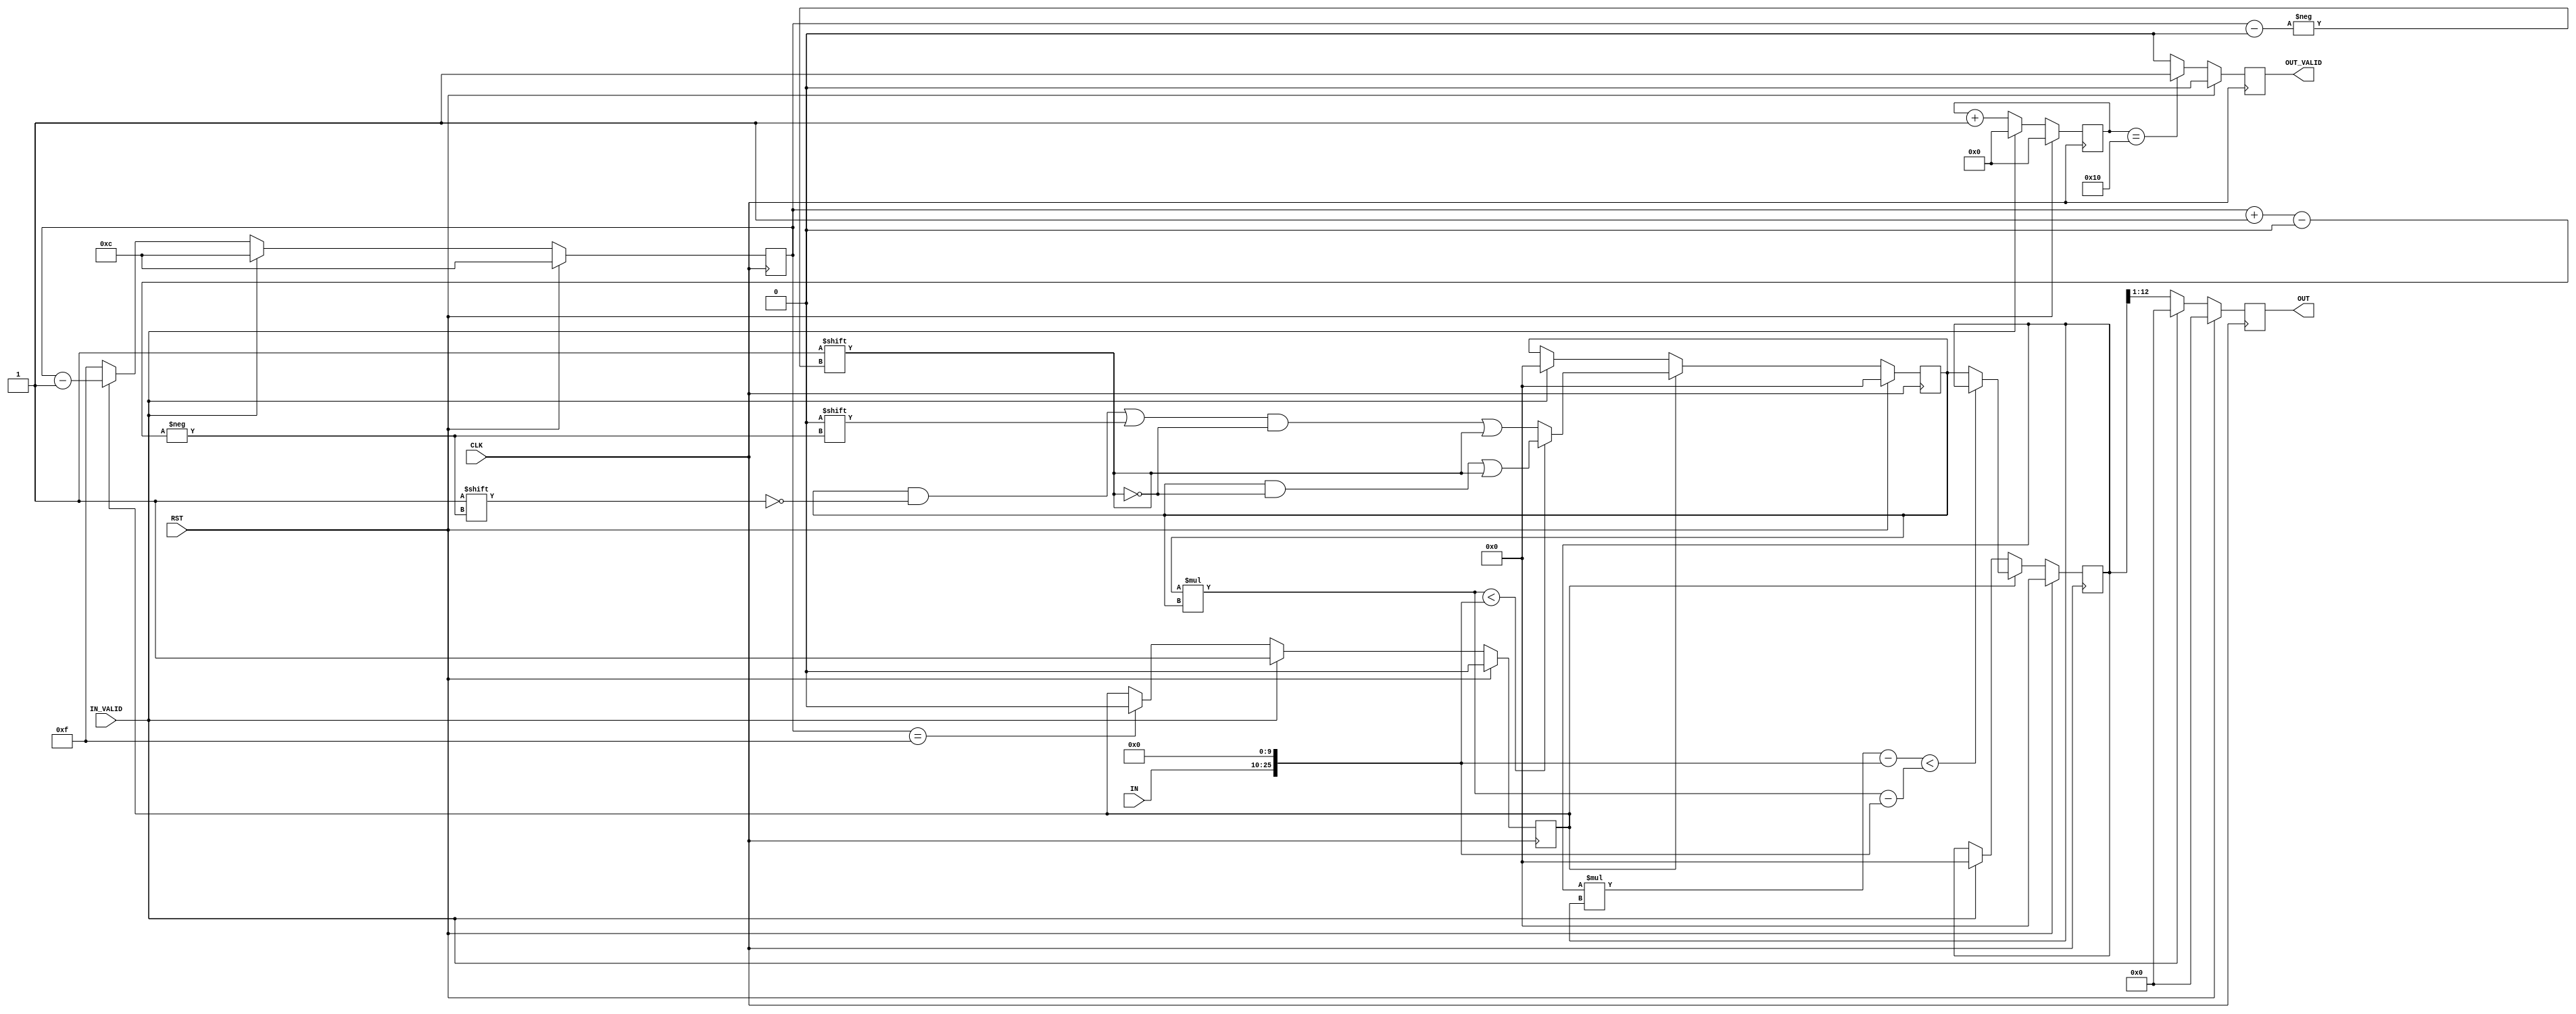
//------------------------------------------------------//
//- VLSI 2012                                           //
//-                                                     //
//- Exercise: Design a square root circuit              //
//------------------------------------------------------//
// Square Root

module SQRT(
	RST,
	CLK,
	IN_VALID,
	IN,
	OUT_VALID,
	OUT
);
input CLK;
input RST;
input [15:0] IN;
input IN_VALID;
output reg [11:0] OUT;
output reg OUT_VALID;

// Write your synthesizable code here

reg [12:0]out_data,compare_out,final_out;
reg [27:0]diff;
reg [3:0]count;
reg [4:0]count_cycle;
reg cnt_start;

wire [25:0]data;
wire [3:0]count_f;
assign data = {IN,10'b0};


//CNT is a flag of square root circuit operation 
always @(posedge CLK) begin
	if (RST)
		cnt_start <= 0;
	else if (IN_VALID)
		cnt_start <= 1;
	else if (count == 15)
		cnt_start <= 0;
	else
		cnt_start <= cnt_start;
end

//count a cycle include in_valid & out_valid
always @(posedge CLK) begin
	if (RST)
		count_cycle <= 0;
	else if (IN_VALID)
		count_cycle <= 0;
	else
		count_cycle <= count_cycle + 1;
end

//count is a down-count for square
always @(posedge CLK) begin
	if (RST)
		count <= 12;
	else if (IN_VALID)
		count <= 12;
	else if (cnt_start) begin
		count <= count - 1;
	end
	else
		count <= 15;
end

//computing the square
always @(posedge CLK) begin
	if (RST) begin
		out_data <= 0;
	end
	else if (cnt_start)begin
		if (out_data*out_data < data) //if out_data isn't over then plus 1
			out_data[count] <= 1'b1;
		else begin
			out_data[count_f] <= 1'b0;//else out_data over the the pre-bit -1
			out_data[count] <= 1'b1;  //and this bit plus1
		end
	end
	else if (IN_VALID) begin
		out_data <= 0;
	end
	else begin
		out_data <= out_data;
	end
end
// for pre bit -1
assign count_f = count + 1;

always @(posedge CLK) begin
	if (RST) begin
		final_out <= 0;
	end
	else if (cnt_start) begin//chooose the smallest
		if ((final_out*final_out-data) < (out_data*out_data - data))
			final_out <= final_out;
		else begin
			final_out <= out_data;
		end
	end
	else if (IN_VALID) begin
		final_out <= 0;
	end
	else begin
		final_out <= final_out;
	end
		
end

always @(posedge CLK) begin
	if (RST)
		OUT_VALID <= 0;
	else if (count_cycle == 16)
		OUT_VALID <= 1;
	else
		OUT_VALID <= 0;
		
end

always @(posedge CLK) begin
	if (RST)
		OUT <= 0;
	else if (~IN_VALID)
		OUT <= final_out[12:1];
	else
		OUT <= 0;
end






endmodule